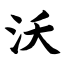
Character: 沃